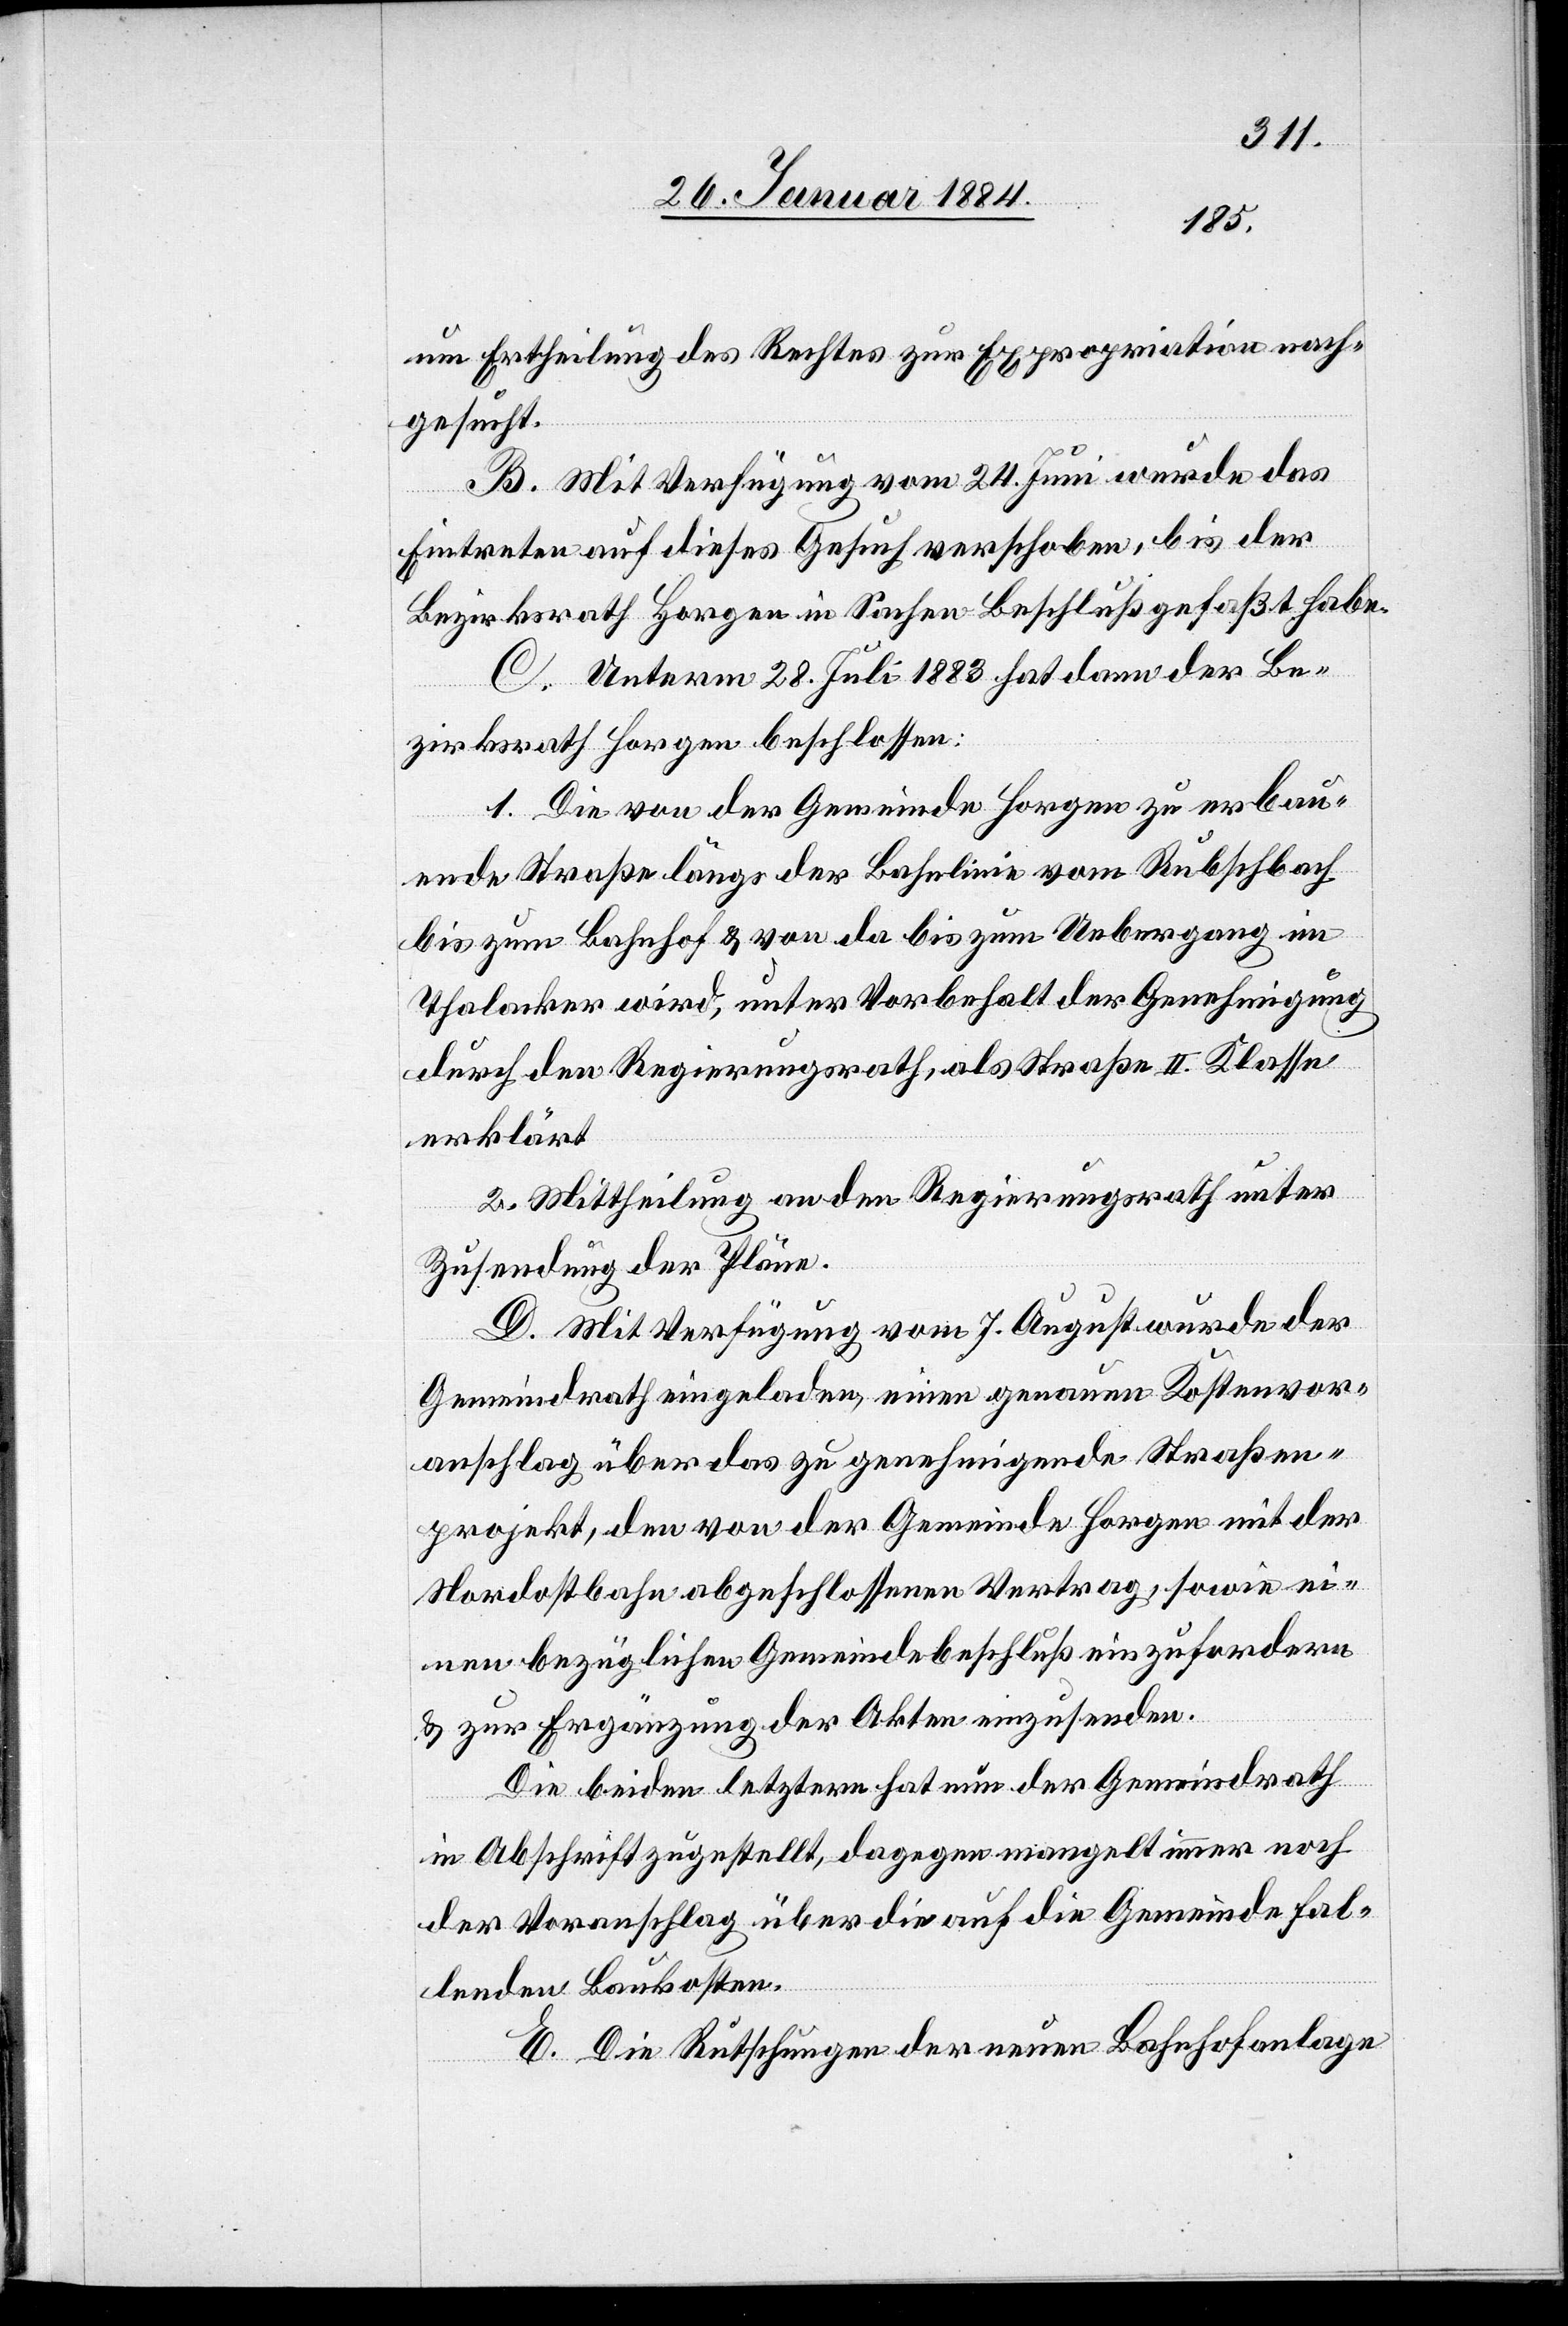
um Ertheilung des Rechtes zur Expropriation nach¬
gesucht.
B. Mit Verfügung vom 24. Juni wurde das
Eintreten auf dieses Gesuch verschoben, bis der
Bezirksrath Horgen in Sachen Beschluß gefaßt habe.
C. Unterm 28. Juli 1883 hat dann der Be¬
zirksrath Horgen beschlossen:
1. Die von der Gemeinde Horgen zu erbau¬
ende Straße längs der Bahnlinie vom Rubschbach
bis zum Bahnhof & von da bis zum Uebergang im
Thalacker wird, unter Vorbehalt der Genehmigung
durch den Regierungsrath, als Straße II. Klasse
erklärt.
2. Mittheilung an den Regierungsrath unter
Zusendung der Pläne.
D. Mit Verfügung vom 7. August wurde der
Gemeindrath eingeladen, einen genauen Kostenvor¬
anschlag über das zu genehmigende Straßen¬
projekt, den von der Gemeinde Horgen mit der
Nordostbahn abgeschlossenen Vertrag, sowie ei¬
nen bezüglichen Gemeindebeschluß einzufordern
& zur Ergänzung der Akten einzusenden.
Die beiden letztern hat nun der Gemeindrath
in Abschrift zugestellt, dagegen mangelt immer noch
der Voranschlag über die auf die Gemeinde fal¬
lenden Baukosten.
E. Die Rutschungen der neuen Bahnhofanlage